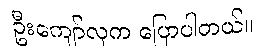
ဦးကျော်လှက ပြောပါတယ်။